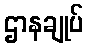
ဌာနချုပ်